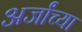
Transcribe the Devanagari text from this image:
अर्जांच्या